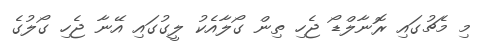
މި މެޗުގައި ރޮނާލްޑޯ ޖެހި ތިން ގޯލާއެކު ލީގުގައި އޭނާ ޖެހި ގޯލުގެ